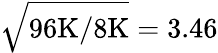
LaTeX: \sqrt{96\textrm{K}/8\textrm{K}}=3.46